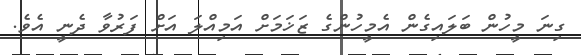
ގިނަ މީހުން ބަލައިގެން އެމީހުންގެ ޒަޚަމަށް އަމިއްލަ އަށް ފަރުވާ ދެނީ އެވެ.